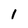
Character: l